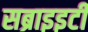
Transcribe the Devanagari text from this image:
सब्राइइटी